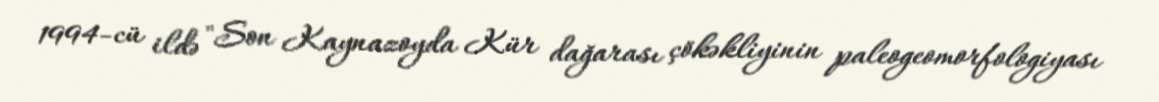
1994-cü ildə "Son Kaynazoyda Kür dağarası çökəkliyinin paleogeomorfologiyası